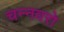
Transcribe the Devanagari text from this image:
चन्नवरो